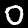
Digit: 0